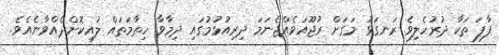
ފާފަ ތަކާ ދުރުހެލިވެ ރަނގަޅު މަގަށް ރުޖޫއަވެއްޖެނަމަ ދިރިއުޅުމުގައި ދިމާވާ ހިތާމަތައް ލުއިކޮށްދެއްވާނެއެވެ.